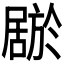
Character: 𫵦